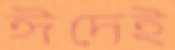
ঈদেই